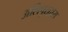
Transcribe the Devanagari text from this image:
अलिपुरद्वारा